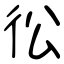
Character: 彸